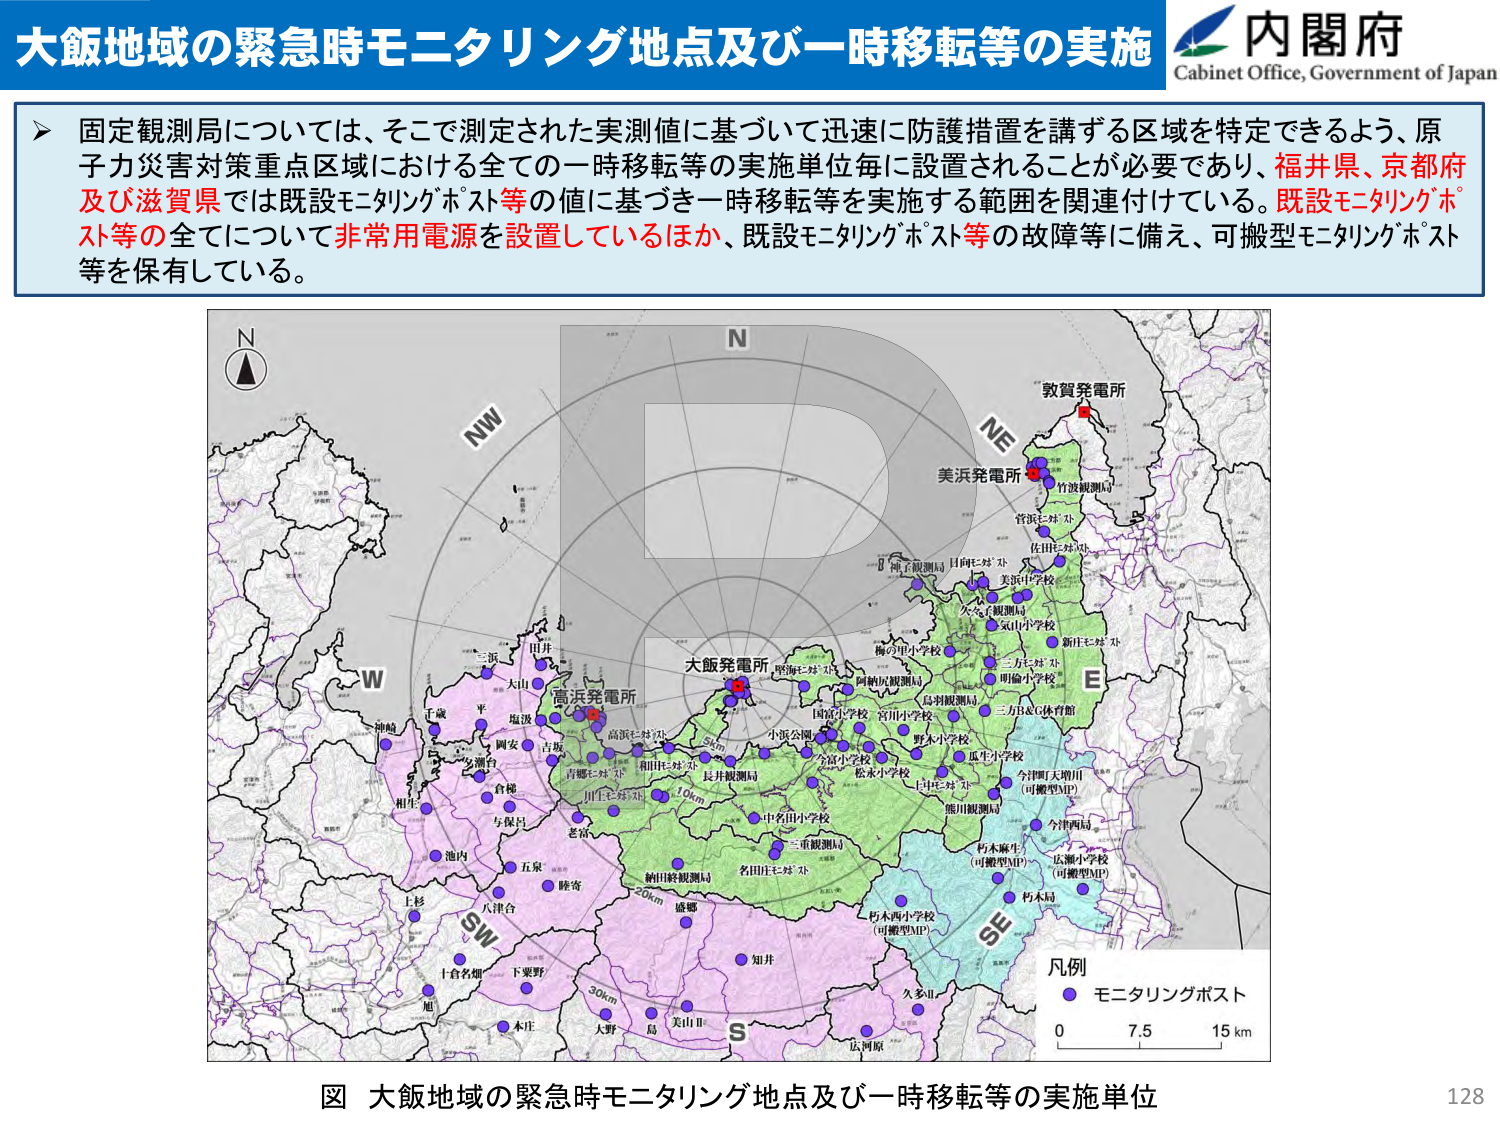
大飯地域の緊急時モニタリング地点及び一時移転等の実施
内閣府
Cabinet Office, Government of Japan

固定観測局については、そこで測定された実測値に基づいて迅速に防護措置を講ずる区域を特定できるよう、原子力災害対策重点区域における全ての一時移転等の実施単位毎に設置されることが必要であり、福井県、京都府及び滋賀県では既設モニタリングポスト等の値に基づき一時移転等を実施する範囲を関連付けている。既設モニタリングポスト等の全てについて非常用電源を設置しているほか、既設モニタリングポスト等の故障等に備え、可搬型モニタリングポスト等を保有している。

N
NW
W
SW
S
SE
E
NE
N

敦賀発電所
美浜発電所
竹波観測局
菅浜モニタリングポスト
佐田モニタリングポスト
美浜小学校
大久保観測局
大山小学校
新庄モニタリングポスト
三方モニタリングポスト
明倫小学校
三方B＆C体育館
梅の里小学校
阿納反観測局
鳥羽観測局
野木小学校
五牛小学校
今津町大増川（可搬型MP）
熊川観測局
今津西局
朽木麻生（可搬型MP）
広瀬小学校（可搬型MP）
朽木局
大飯発電所
高浜発電所
高浜モニタリングポスト
田井
三浜
大山
平
毎汲
岡安
古坂
多瀬台
倉梯
相生
み保丹
池内
五泉
睦寄
上杉
八津台
十合名畑
下粟野
屋
木庄
大野
島
美山Ⅱ
知井
盛郷
納田幹観測局
名田モニタリングポスト
中名田小学校
三重観測局
松永小学校
今宮小学校
小浜公園
小浜小学校
宮川小学校
国富小学校
長井観測局
川生モニタリングポスト
和田モニタリングポスト
吉郷モニタリングポスト
5km
10km
20km
30km

凡例
● モニタリングポスト
0 7.5 15 km

図 大飯地域の緊急時モニタリング地点及び一時移転等の実施単位
128